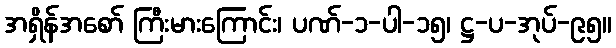
အရှိန်အစော် ကြီးမားကြောင်း၊ ပဏ်-၁-ပါ-၁၅၊ ဋ္ဌ-ပ-အုပ်-၉၅။